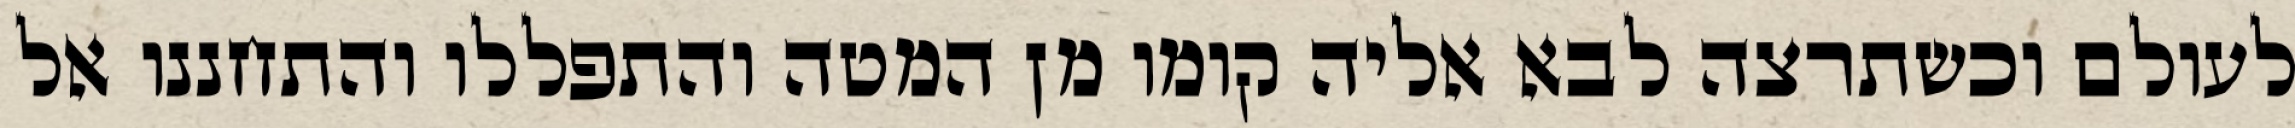
לעולם וכשתרצה לבא אליה קומו מן המטה והתפללו והתחננו אל